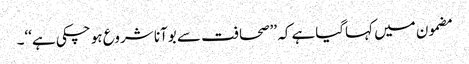
مضمون میں کہاگیاہے کہ ’’صحافت سے بوآنا شروع ہو چکی ہے‘‘۔